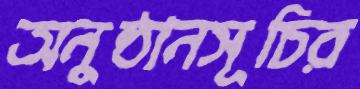
অনুষ্ঠানসূচির